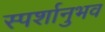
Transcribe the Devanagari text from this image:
स्पर्शानुभव